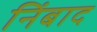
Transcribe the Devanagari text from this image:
निंबाद